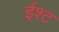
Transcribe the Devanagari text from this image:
ईश्ट